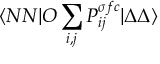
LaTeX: \langle N N | O \sum _ { i , j } P _ { i j } ^ { \sigma f c } | \Delta \Delta \rangle